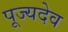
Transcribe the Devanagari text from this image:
पूज्यदेव